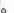
。